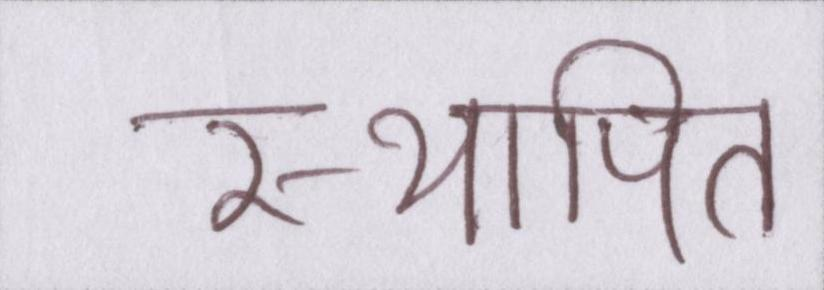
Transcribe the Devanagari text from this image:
स्थापित